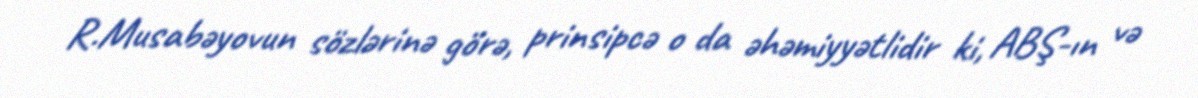
R.Musabəyovun sözlərinə görə, prinsipcə o da əhəmiyyətlidir ki, ABŞ-ın və